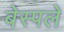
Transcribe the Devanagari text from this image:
बेस्पले